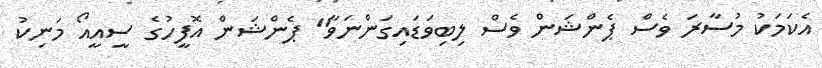
އެކަމަކު މުސާރަ ވެސް ޕެންޝަން ވެސް ލިބިވަޑައިގަންނަވާ" ޕެންޝަން އޮފީހުގެ ސީއީއޯ މަނިކު